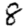
Digit: 8